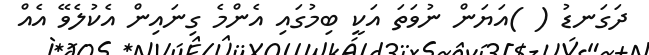
ދަގަނޑު ( )އަޔަން ނުވަތަ އަކީ ބިމުގައި އެންމެ ގިނައިން އެކުލެވޭ އެއް